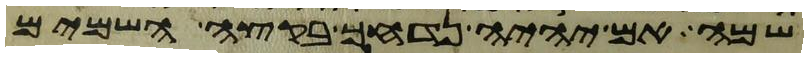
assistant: שם אם יהיה נדחך בקצה השמים